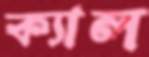
ক্যাল